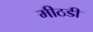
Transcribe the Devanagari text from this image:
मीठडी